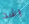
راشد